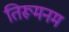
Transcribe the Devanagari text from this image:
तिरूमनम